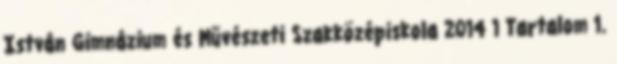
István Gimnázium és Művészeti Szakközépiskola 2014 1 Tartalom 1.